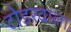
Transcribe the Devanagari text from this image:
टोडरवाला